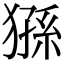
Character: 猻